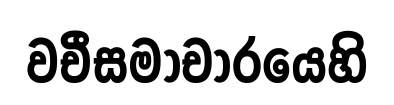
වචීසමාචාරයෙහි